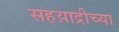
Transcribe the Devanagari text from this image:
सहय़ाद्रीच्या